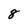
Character: 8